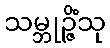
သမ္ဘုဉ္ဇိံသု